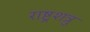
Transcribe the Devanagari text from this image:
राष्ट्रशत्रु